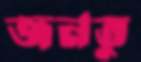
জনতু